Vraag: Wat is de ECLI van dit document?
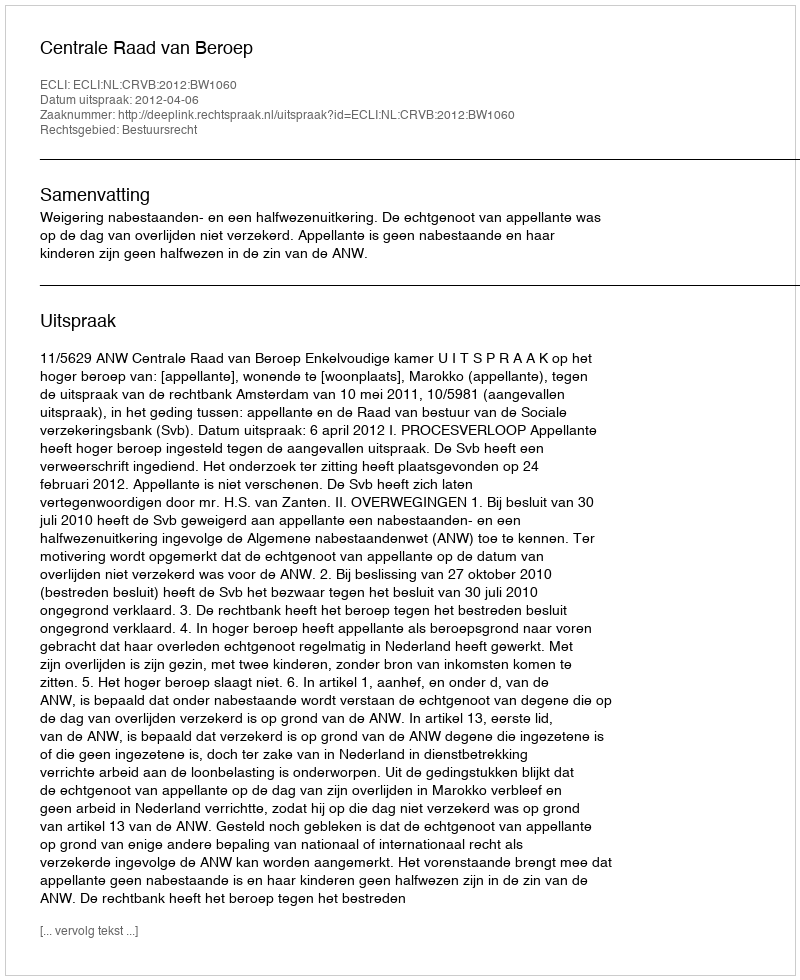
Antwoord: ECLI:NL:CRVB:2012:BW1060